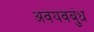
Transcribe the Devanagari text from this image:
अवयवबुंध